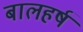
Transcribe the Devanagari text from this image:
बालहर्ष